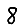
Digit: 8